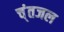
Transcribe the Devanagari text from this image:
च्ंतजल